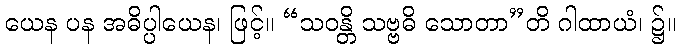
ယေန ပန အဓိပ္ပါယေန၊ ဖြင့်။ “သဝန္တိ သဗ္ဗဓိ သောတာ”တိ ဂါထာယံ၊ ၌။